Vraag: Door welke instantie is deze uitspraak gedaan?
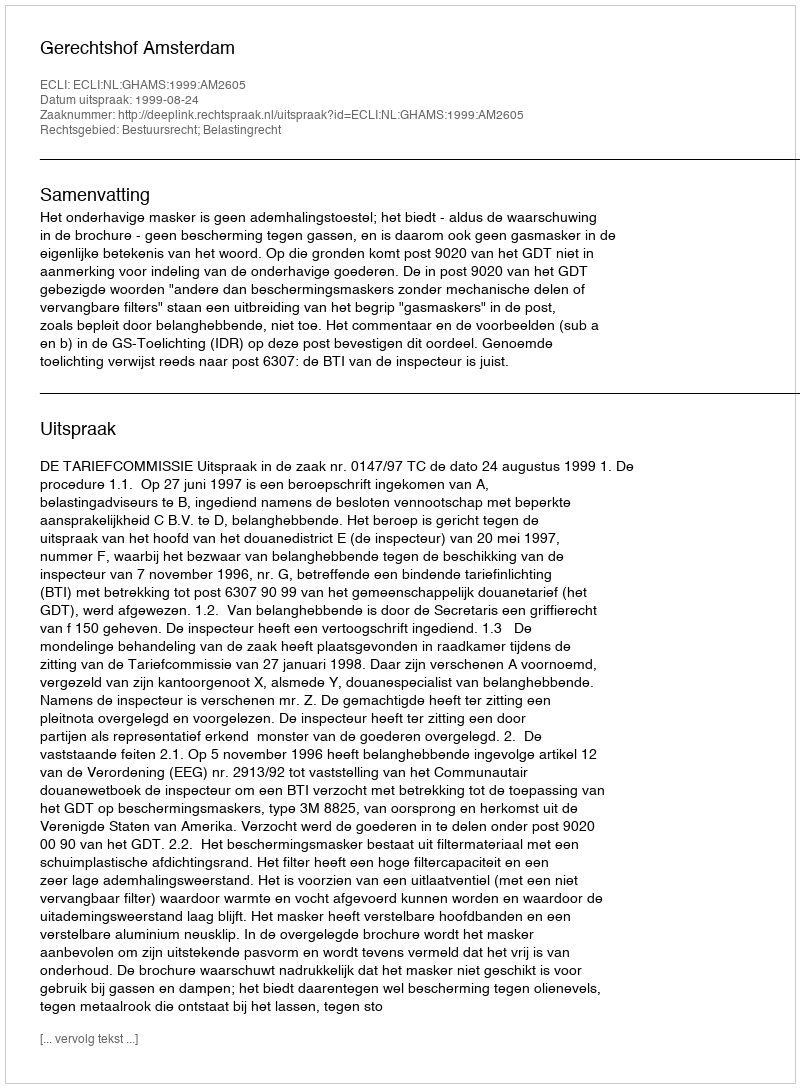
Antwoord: Gerechtshof Amsterdam